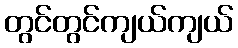
တွင်တွင်ကျယ်ကျယ်